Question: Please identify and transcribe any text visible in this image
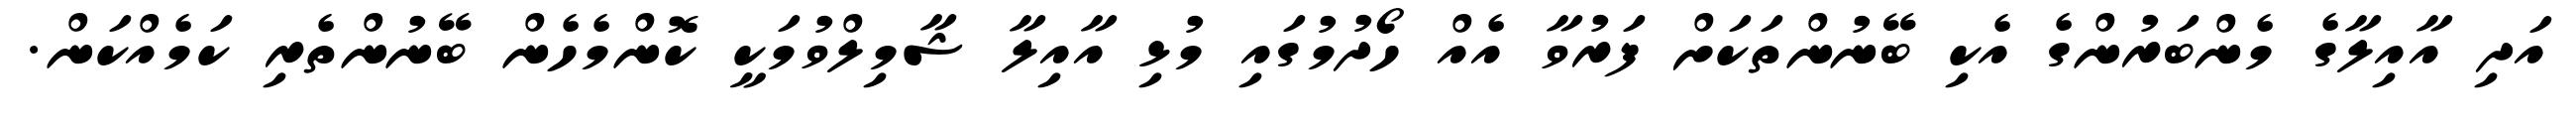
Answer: އަދި އާއިލާގެ މެންބަރުންގެ އެކި ބޭނުންތަކަށް ފަރުވާ އެއް ހޯދުމުގައި މުޅި އާއިލާ ޝާމިލްވުމަކީ ކޮންމެހެން ބޭނުންތެރި ކަމެއްކަން.